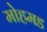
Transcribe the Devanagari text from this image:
मोहमड